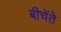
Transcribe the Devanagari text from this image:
बीचेंते